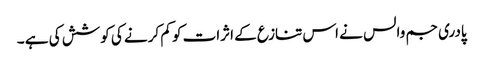
پادری جم والس نے اس تنازع کے اثرات کو کم کرنے کی کوشش کی ہے ۔